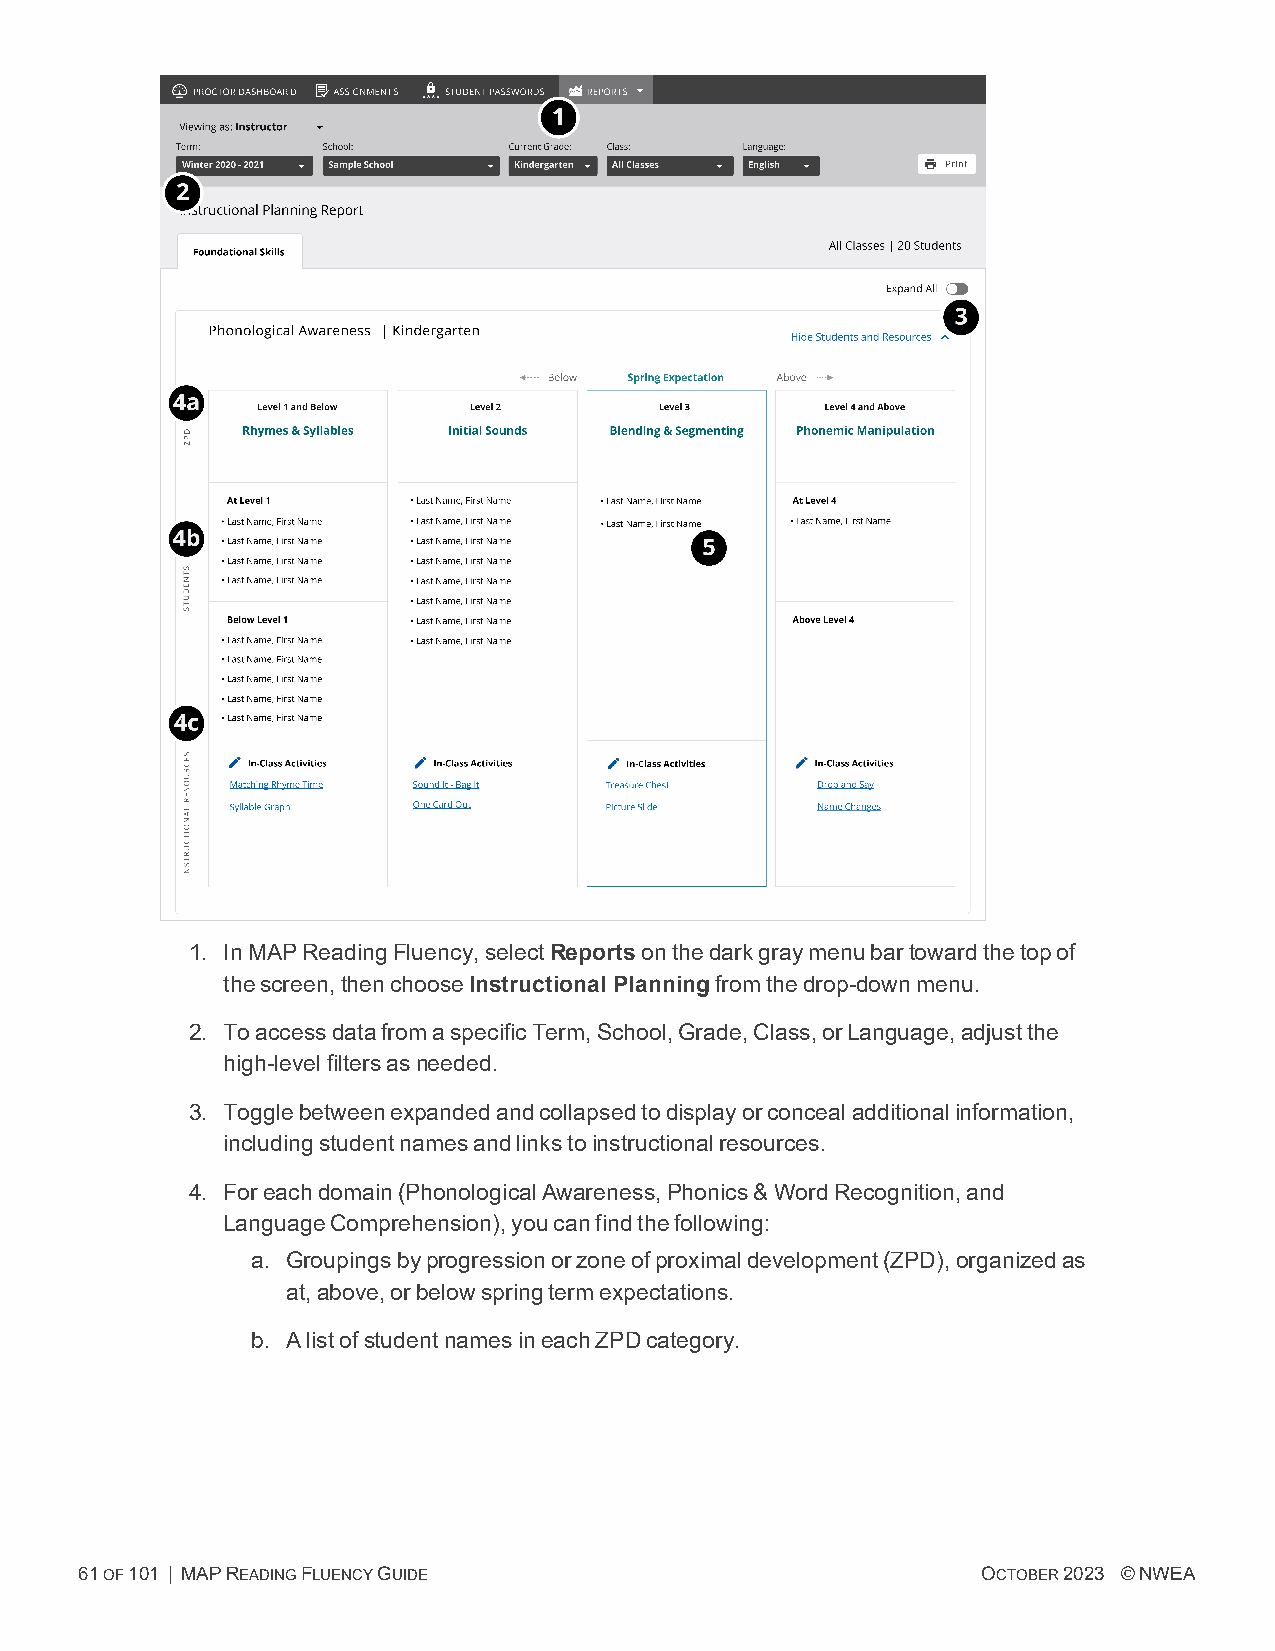
1. InMAPReadingFluency,selectReportsonthedarkgraymenubartowardthetopof
 thescreen,thenchooseInstructional Planningfromthedrop-downmenu.
 2. ToaccessdatafromaspecificTerm,School,Grade,Class,orLanguage,adjustthe
 high-levelfiltersasneeded.
 3. Togglebetweenexpandedandcollapsedtodisplayorconcealadditionalinformation,
 includingstudentnamesandlinkstoinstructionalresources.
 4. Foreachdomain(PhonologicalAwareness,Phonics&WordRecognition,and
 LanguageComprehension),youcanfindthefollowing:
 a. Groupingsbyprogressionorzoneofproximaldevelopment(ZPD),organizedas
 at,above,orbelowspringtermexpectations.
 b. AlistofstudentnamesineachZPDcategory.
 61OF101 | MAPREADINGFLUENCYGUIDE                            OCTOBER2023 ©NWEA